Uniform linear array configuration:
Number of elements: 32
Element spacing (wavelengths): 0.75
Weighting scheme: blackman
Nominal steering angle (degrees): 30
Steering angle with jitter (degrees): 30.642
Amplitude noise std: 0.05
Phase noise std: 0.05

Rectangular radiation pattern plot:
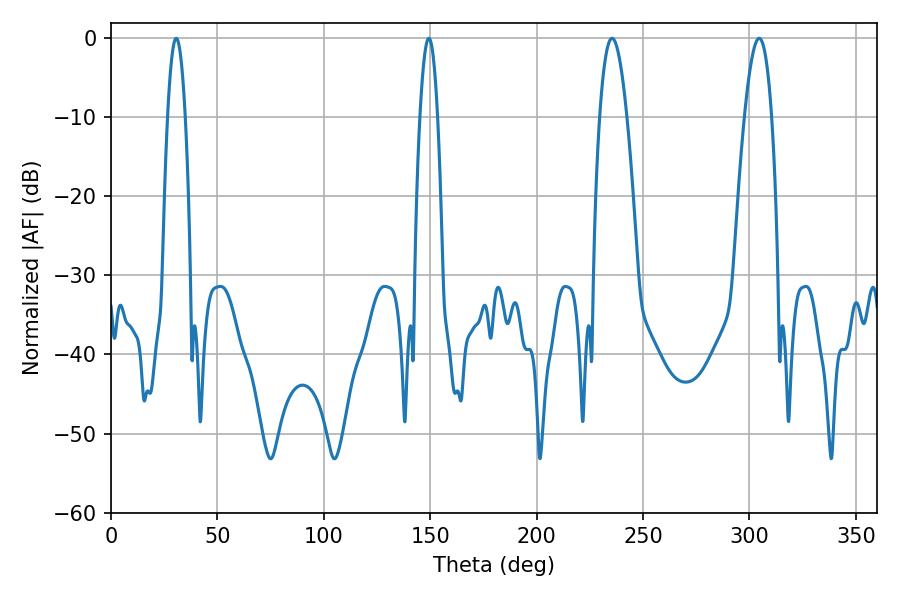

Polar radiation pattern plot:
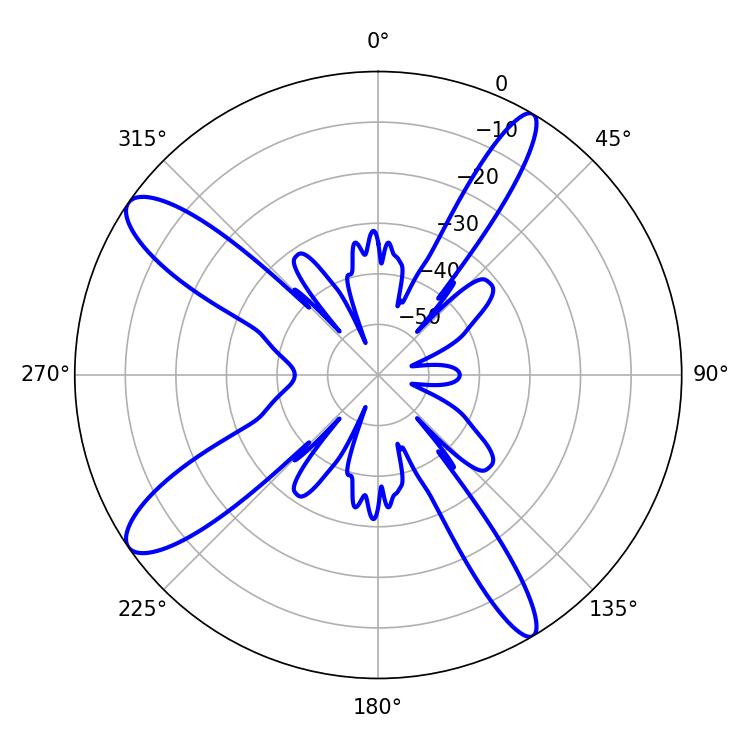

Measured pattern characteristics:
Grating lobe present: TRUE
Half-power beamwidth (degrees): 6.84
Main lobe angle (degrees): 304.56